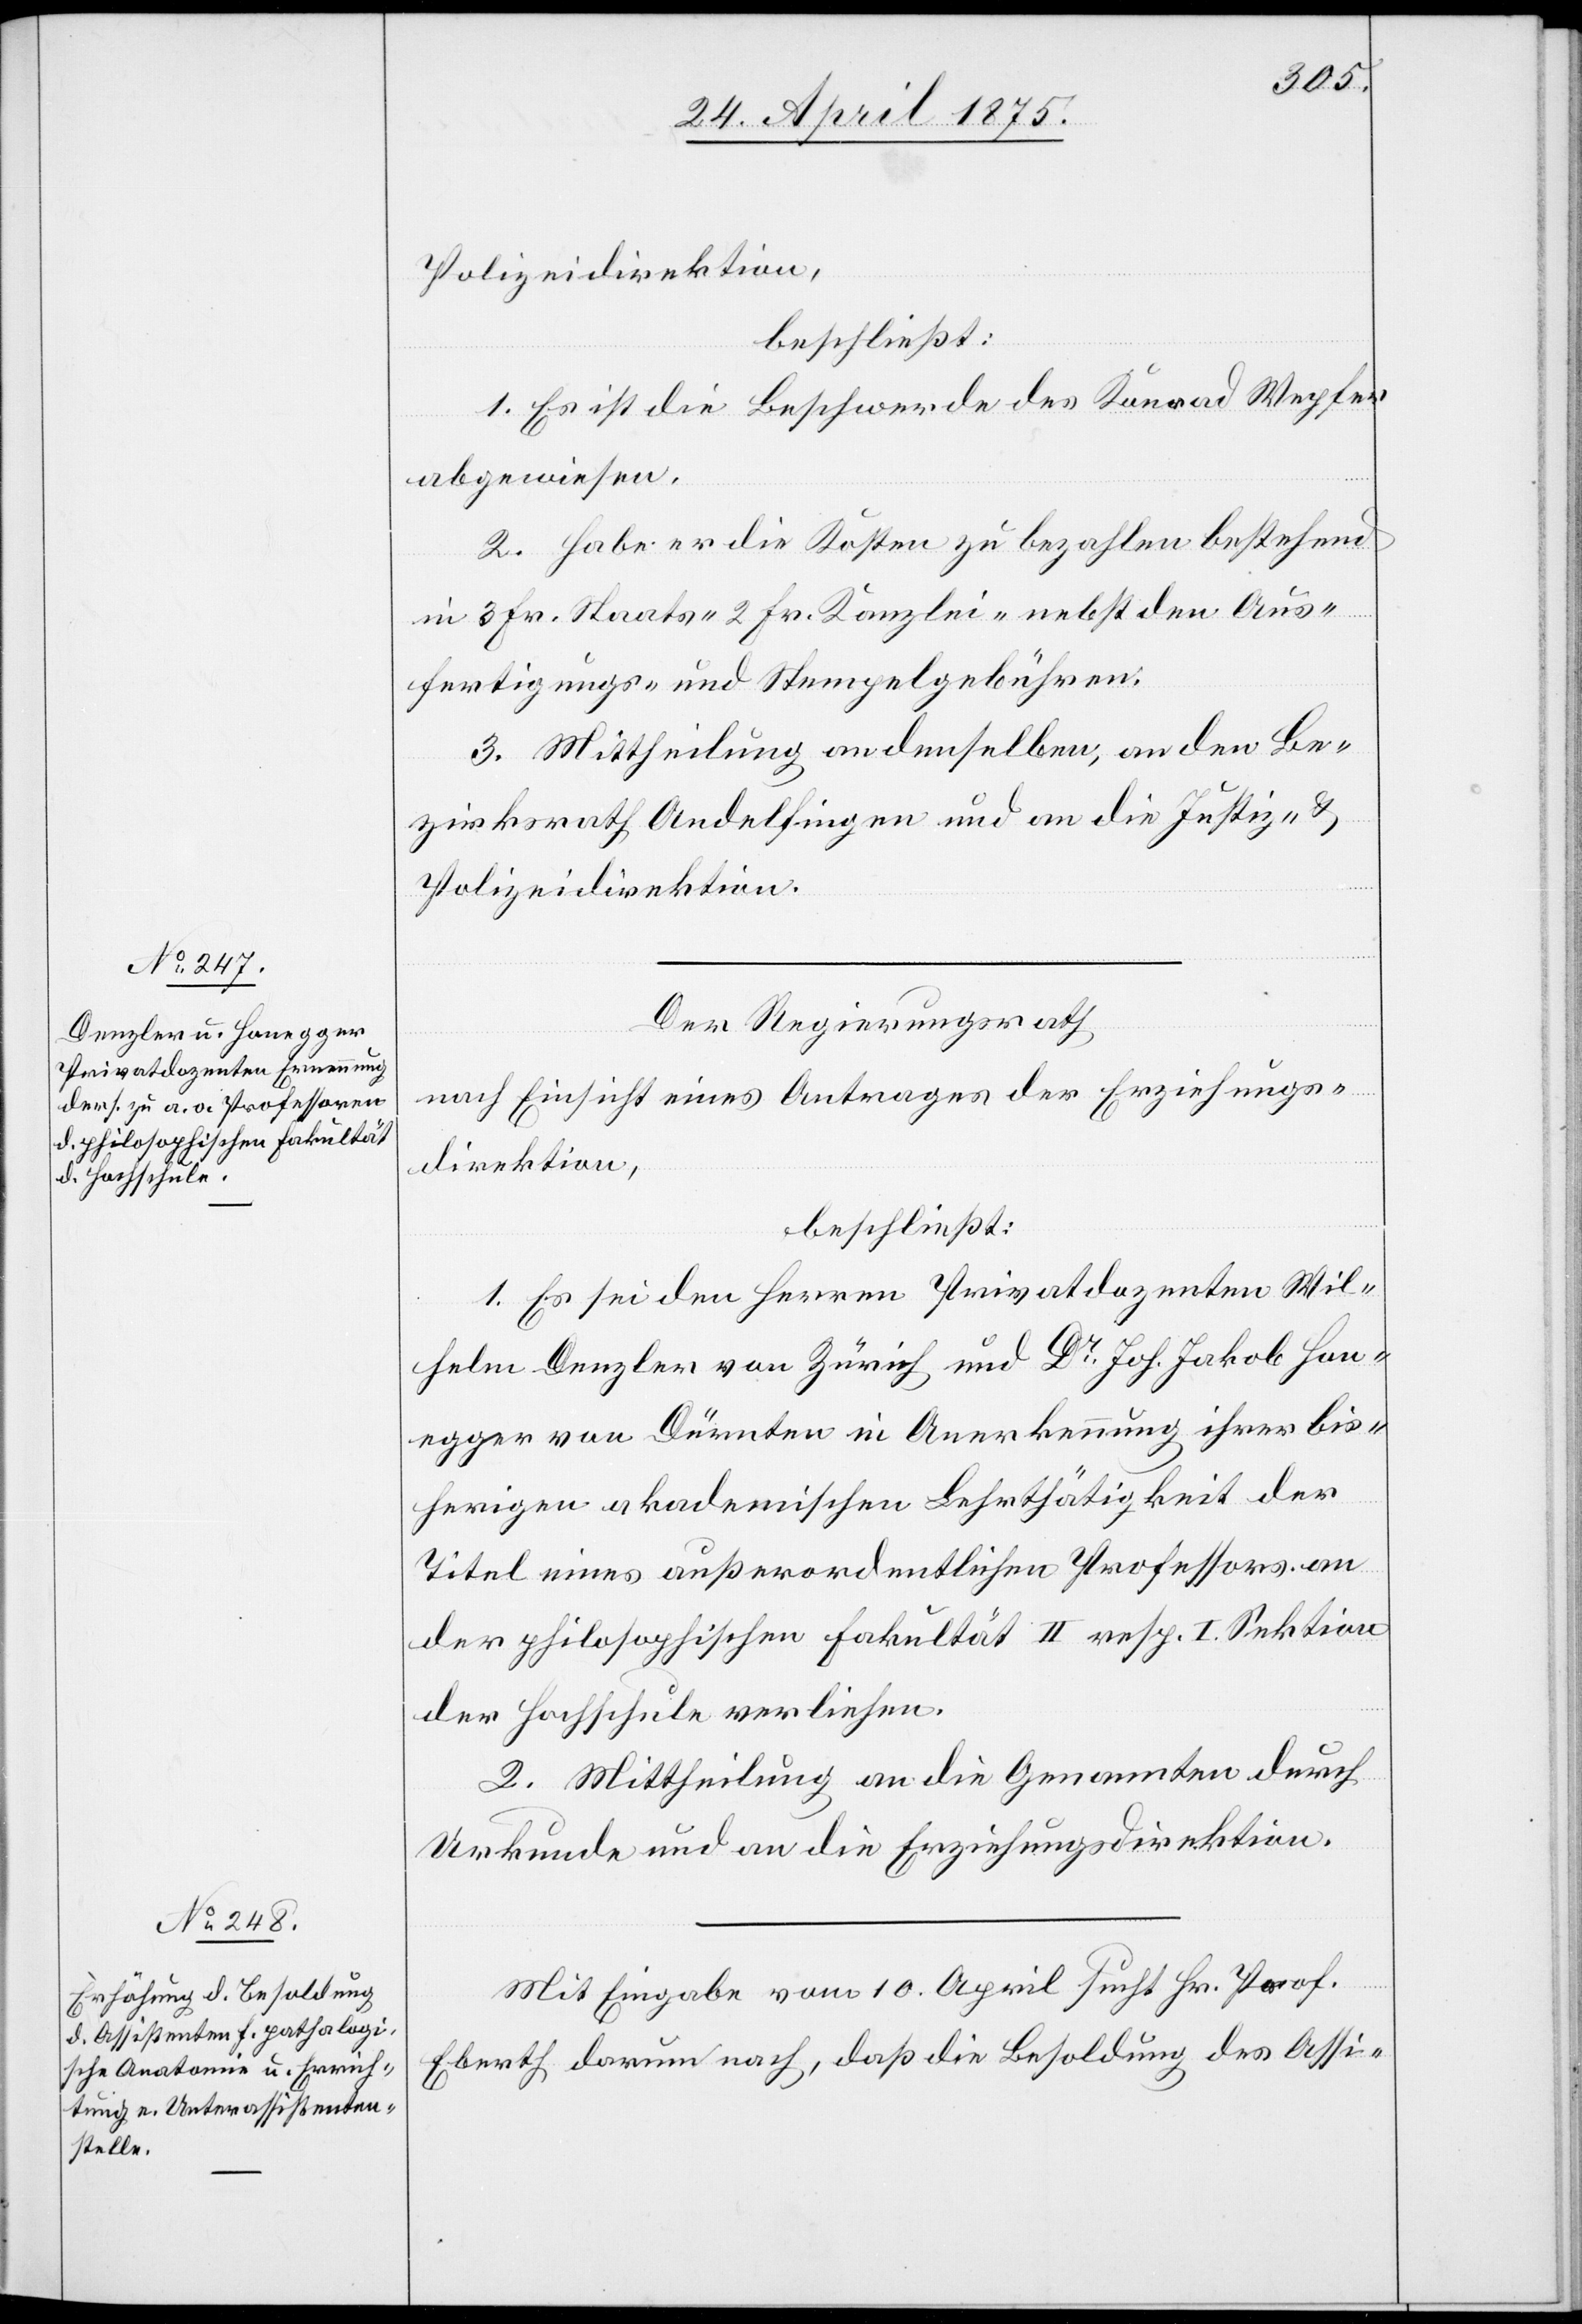
Polizeidirektion,
beschließt:
1. Es ist die Beschwerde des Konrad Wegher
abgewiesen.
2. Habe er die Kosten zu bezahlen bestehend
in 3 Fr. Staats- 2 Fr. Kanzlei- nebst den Aus¬
fertigungs- und Stempelgebühren.
3. Mittheilung an denselben, an den Be¬
zirksrath Andelfingen und an die Justiz- &
Polizeidirektion.
Der Regierungsrath,
nach Einsicht eines Antrages der Erziehungs¬
direktion,
beschließt:
1. Es sei den Herren Privatdozenten Wil¬
helm Denzler von Zürich und Dr Jos. Jakob Hon¬
egger von Dürnten in Anerkennung ihrer bis¬
herigen akademischen Lehrthätigkeit der
Titel eines außerordentlichen Professors an
der philosophischen Fakultät II. resp. I. Sektion
der Hochschule verliehen.
2. Mittheilung an die Genannten durch
Urkunde und an die Erziehungsdirektion.
Mit Eingabe vom 10. April sucht Hr. Prof.
Eberth darum nach, daß die Besoldung des Assi-